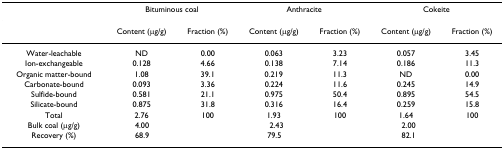
<table><thead><tr><td></td><td colspan="2"><b>Bituminous coal</b></td><td colspan="2"><b>Anthracite</b></td><td colspan="2"><b>Cokeite</b></td></tr></thead><tbody><tr><td></td><td>Content (μg/g)</td><td>Fraction (%)</td><td>Content (μg/g)</td><td>Fraction (%)</td><td>Content (μg/g)</td><td>Fraction (%)</td></tr><tr><td>Water-leachable</td><td>ND</td><td>0.00</td><td>0.063</td><td>3.23</td><td>0.057</td><td>3.45</td></tr><tr><td>Ion-exchangeable</td><td>0.128</td><td>4.66</td><td>0.138</td><td>7.14</td><td>0.186</td><td>11.3</td></tr><tr><td>Organic matter-bound</td><td>1.08</td><td>39.1</td><td>0.219</td><td>11.3</td><td>ND</td><td>0.00</td></tr><tr><td>Carbonate-bound</td><td>0.093</td><td>3.36</td><td>0.224</td><td>11.6</td><td>0.245</td><td>14.9</td></tr><tr><td>Sulfide-bound</td><td>0.581</td><td>21.1</td><td>0.975</td><td>50.4</td><td>0.895</td><td>54.5</td></tr><tr><td>Silicate-bound</td><td>0.875</td><td>31.8</td><td>0.316</td><td>16.4</td><td>0.259</td><td>15.8</td></tr><tr><td>Total</td><td>2.76</td><td>100</td><td>1.93</td><td>100</td><td>1.64</td><td>100</td></tr><tr><td>Bulk coal (μg/g)</td><td colspan="2">4.00</td><td colspan="2">2.43</td><td colspan="2">2.00</td></tr><tr><td>Recovery (%)</td><td colspan="2">68.9</td><td colspan="2">79.5</td><td colspan="2">82.1</td></tr></tbody></table>